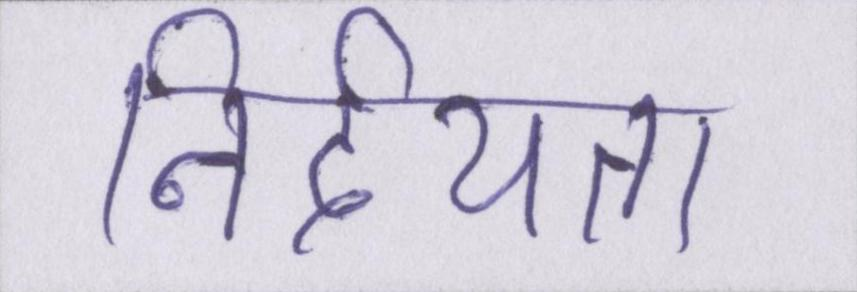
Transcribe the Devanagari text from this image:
निर्दयता